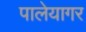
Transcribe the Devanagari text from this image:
पालेयागर